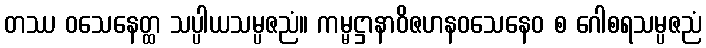
တဿ ဝသေနေတ္ထ သပ္ပါယသမ္ပဇညံ။ ကမ္မဋ္ဌာနာဝိဇဟနဝသေနေဝ စ ဂေါစရသမ္ပဇညံ